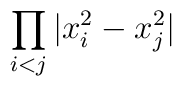
\displaystyle{\prod_{i<j}|x_{i}^{2} - x_{j}^{2} | }